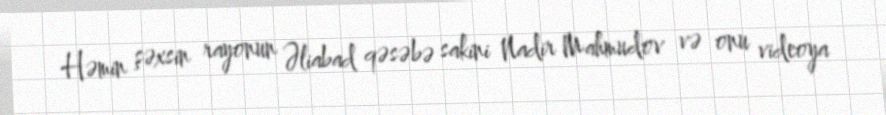
Həmin şəxsin rayonun Əliabad qəsəbə sakini Nadir Mahmudov və onu videoya